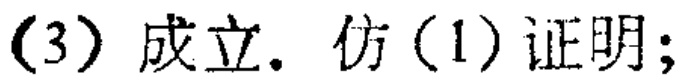
(3) 成立. 仿 (1) 证明;